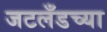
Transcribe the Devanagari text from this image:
जटलँडच्या